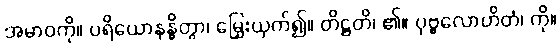
အမာဝကို။ ပရိယောနန္ဓိတွာ၊ မြှေးယှက်၍။ တိဋ္ဌတိ၊ ၏။ ပုဗ္ဗလောဟိတံ၊ ကို။